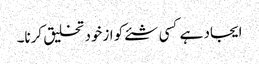
ایجاد ہے کسی شئے کو ازخود تخلیق کرنا۔